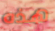
هذه